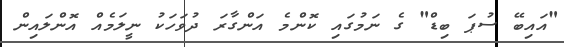
"އައިބޭ ސުޕަ ބިޑް" ގެ ނަމުގައި ކޮންމެ އަންގާރަ ދުވަހަކު ނީލަމެއް އޮންލައިން